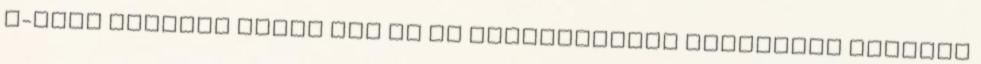
E-mail küldése Tölts fel Te is Gyorskeresés Részletes keresés